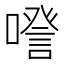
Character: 𠽹